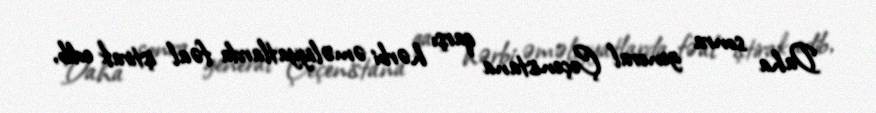
Daha sonra general Çeçenistana qarşı hərbi əməliyyatlarda fəal iştirak edib,